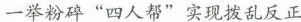
一举粉碎“四人帮”实现拨乱反正